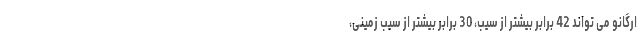
اُرگانو می تواند 42 برابر بیشتر از سیب، 30 برابر بیشتر از سیب زمینی،